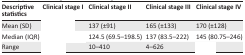
<table><thead><tr><td><b>Descriptive statistics</b></td><td><b>Clinical stage I</b></td><td><b>Clinical stage II</b></td><td><b>Clinical stage III</b></td><td><b>Clinical stage IV</b></td></tr></thead><tbody><tr><td>Mean (SD)</td><td>[EMPTY_CELL]</td><td>137 (±91)</td><td>165 (±133)</td><td>170 (±128)</td></tr><tr><td>Median (IQR)</td><td>[EMPTY_CELL]</td><td>124.5 (69.5–198.5)</td><td>137 (83.5–222)</td><td>145 (80.75–246)</td></tr><tr><td>Range</td><td>[EMPTY_CELL]</td><td>10–410</td><td>4–626</td><td>[EMPTY_CELL]</td></tr></tbody></table>